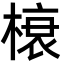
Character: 榱